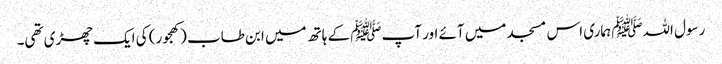
رسول اللہﷺ ہماری اس مسجد میں آئے اور آپﷺ کے ہاتھ میں ابن طاب (کھجور) کی ایک چھڑی تھی۔